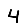
Digit: 4